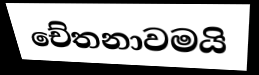
චේතනාවමයි